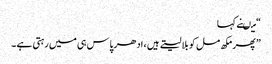
“ میںنے کہا
” پھر مکھ مل کو بلا لیتے ہیں ، ادھر پاس ہی میں رہتی ہے ۔